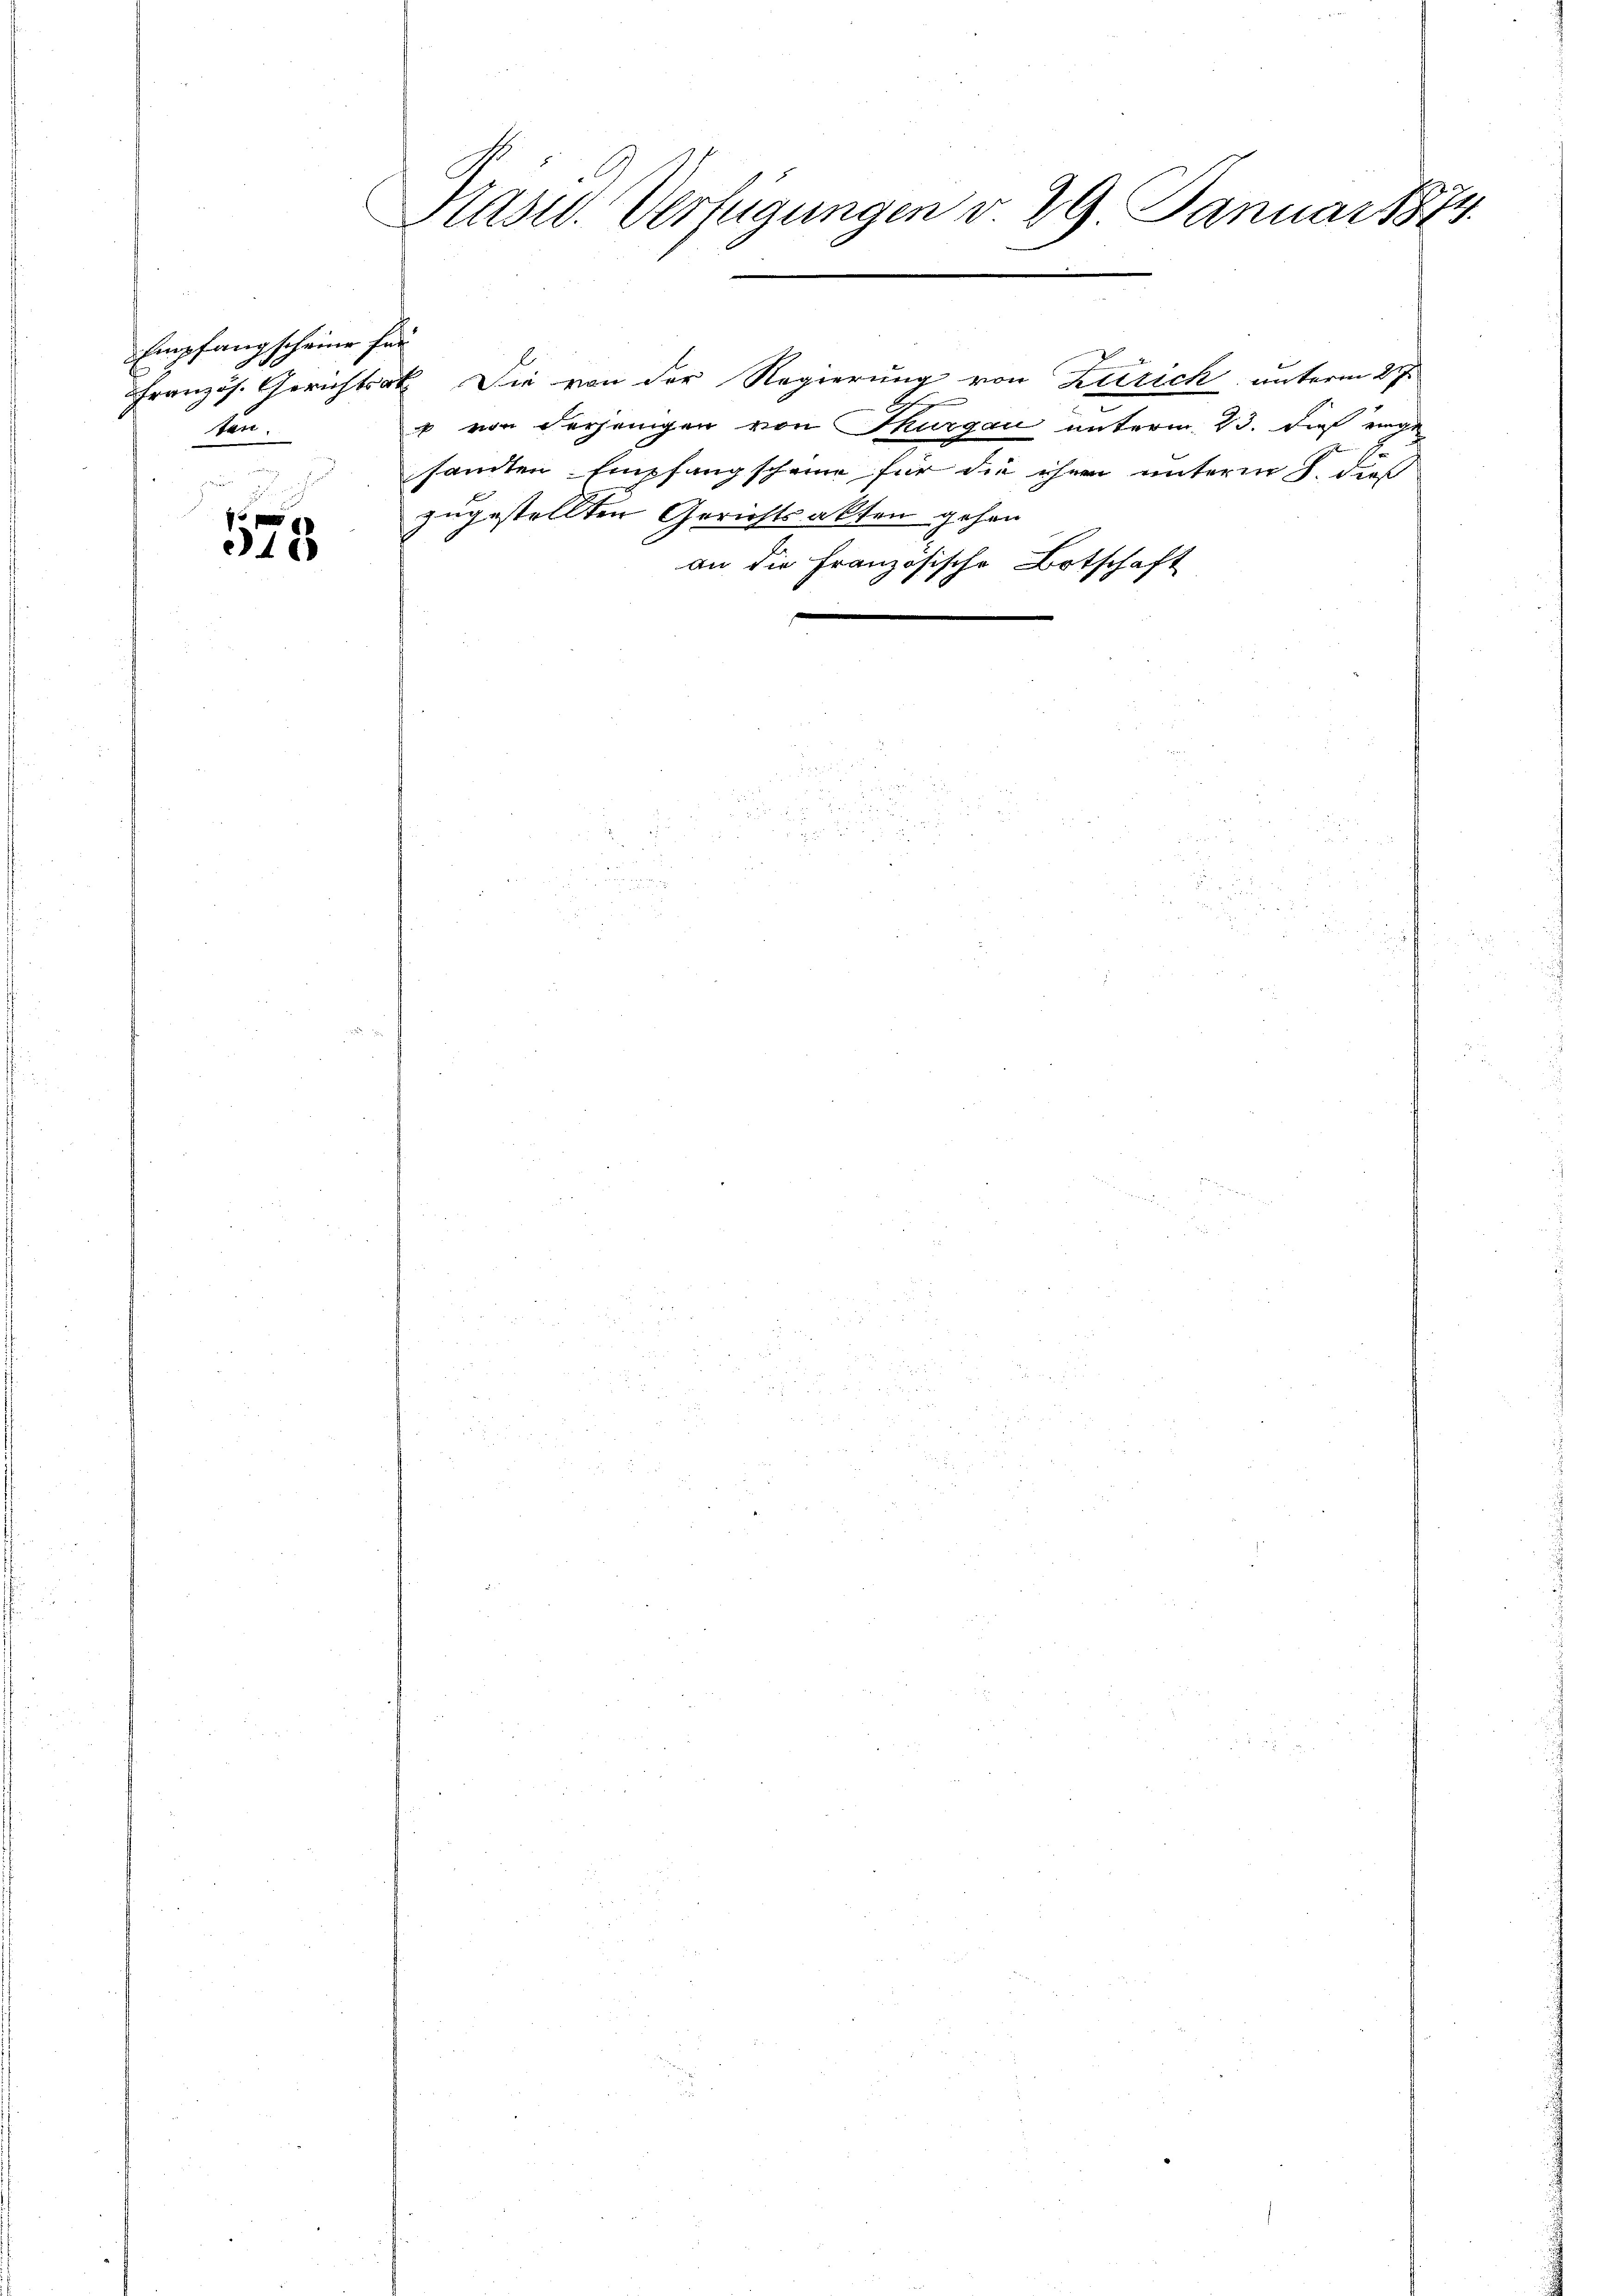
Empfang scheine für
ten.

575

Pasid. Verfügungen v. 29. Januar 1874.

Französ. Gerichtsak Die von der Regierung von Zürich unterm 27.
 von derjenigen von Thurgau unterm 23. dieß rege
santen Empfangscheine für die ihren unterm 8. dies
zugestellten Gerichtsakten gehen
an die Französische Botschaft
e